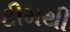
ટીમથી